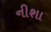
નીશા